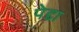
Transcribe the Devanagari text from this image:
पेद्दा